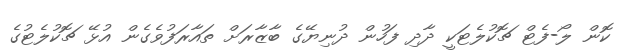
ކޮން ލޯ-ފެޓް ޗޮކުލެޓަކީ ދާދި ފަހުން ދުނިޔޭގެ ބާޒާރަށް ތައާރަފުވެގެން އުޅޭ ޗޮކުލެޓުގެ